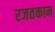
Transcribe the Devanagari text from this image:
रजतकान